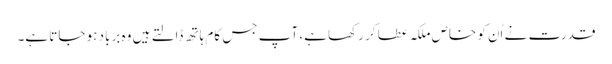
قدرت نے اُن کو خاص ملکہ عطا کر رکھا ہے، آپ جس کام ہاتھ ڈالتے ہیں وہ برباد ہو جاتا ہے۔